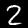
Label: 2